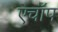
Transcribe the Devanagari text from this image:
एचॉप